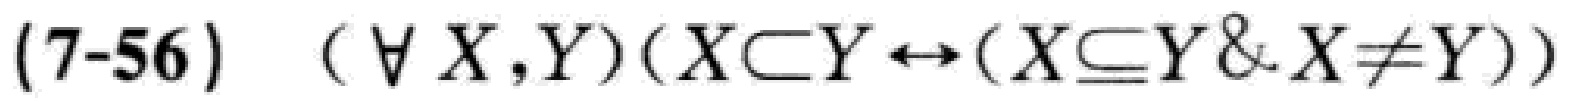
(7-56) \((\forall X,Y)(X\subset Y\leftrightarrow(X\subseteq Y \& X\neq Y))\)